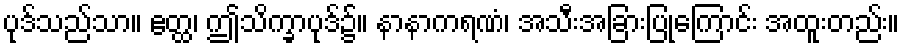
ပုဒ်သည်သာ။ ဧတ္ထ၊ ဤသိက္ခာပုဒ်၌။ နာနာကရဏံ၊ အသီးအခြားပြုကြောင်း အထူးတည်း။